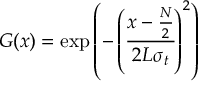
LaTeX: G ( x ) = \exp \left( - \left( { \cfrac { x - { \frac { N } { 2 } } } { 2 L \sigma _ { t } } } \right) ^ { 2 } \right)